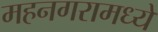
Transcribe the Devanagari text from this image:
महनगरामध्ये